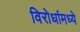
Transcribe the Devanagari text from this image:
विरोधांमध्ये